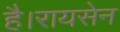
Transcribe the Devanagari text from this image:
है।रायसेन